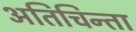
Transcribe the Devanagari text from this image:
अतिचिन्ता